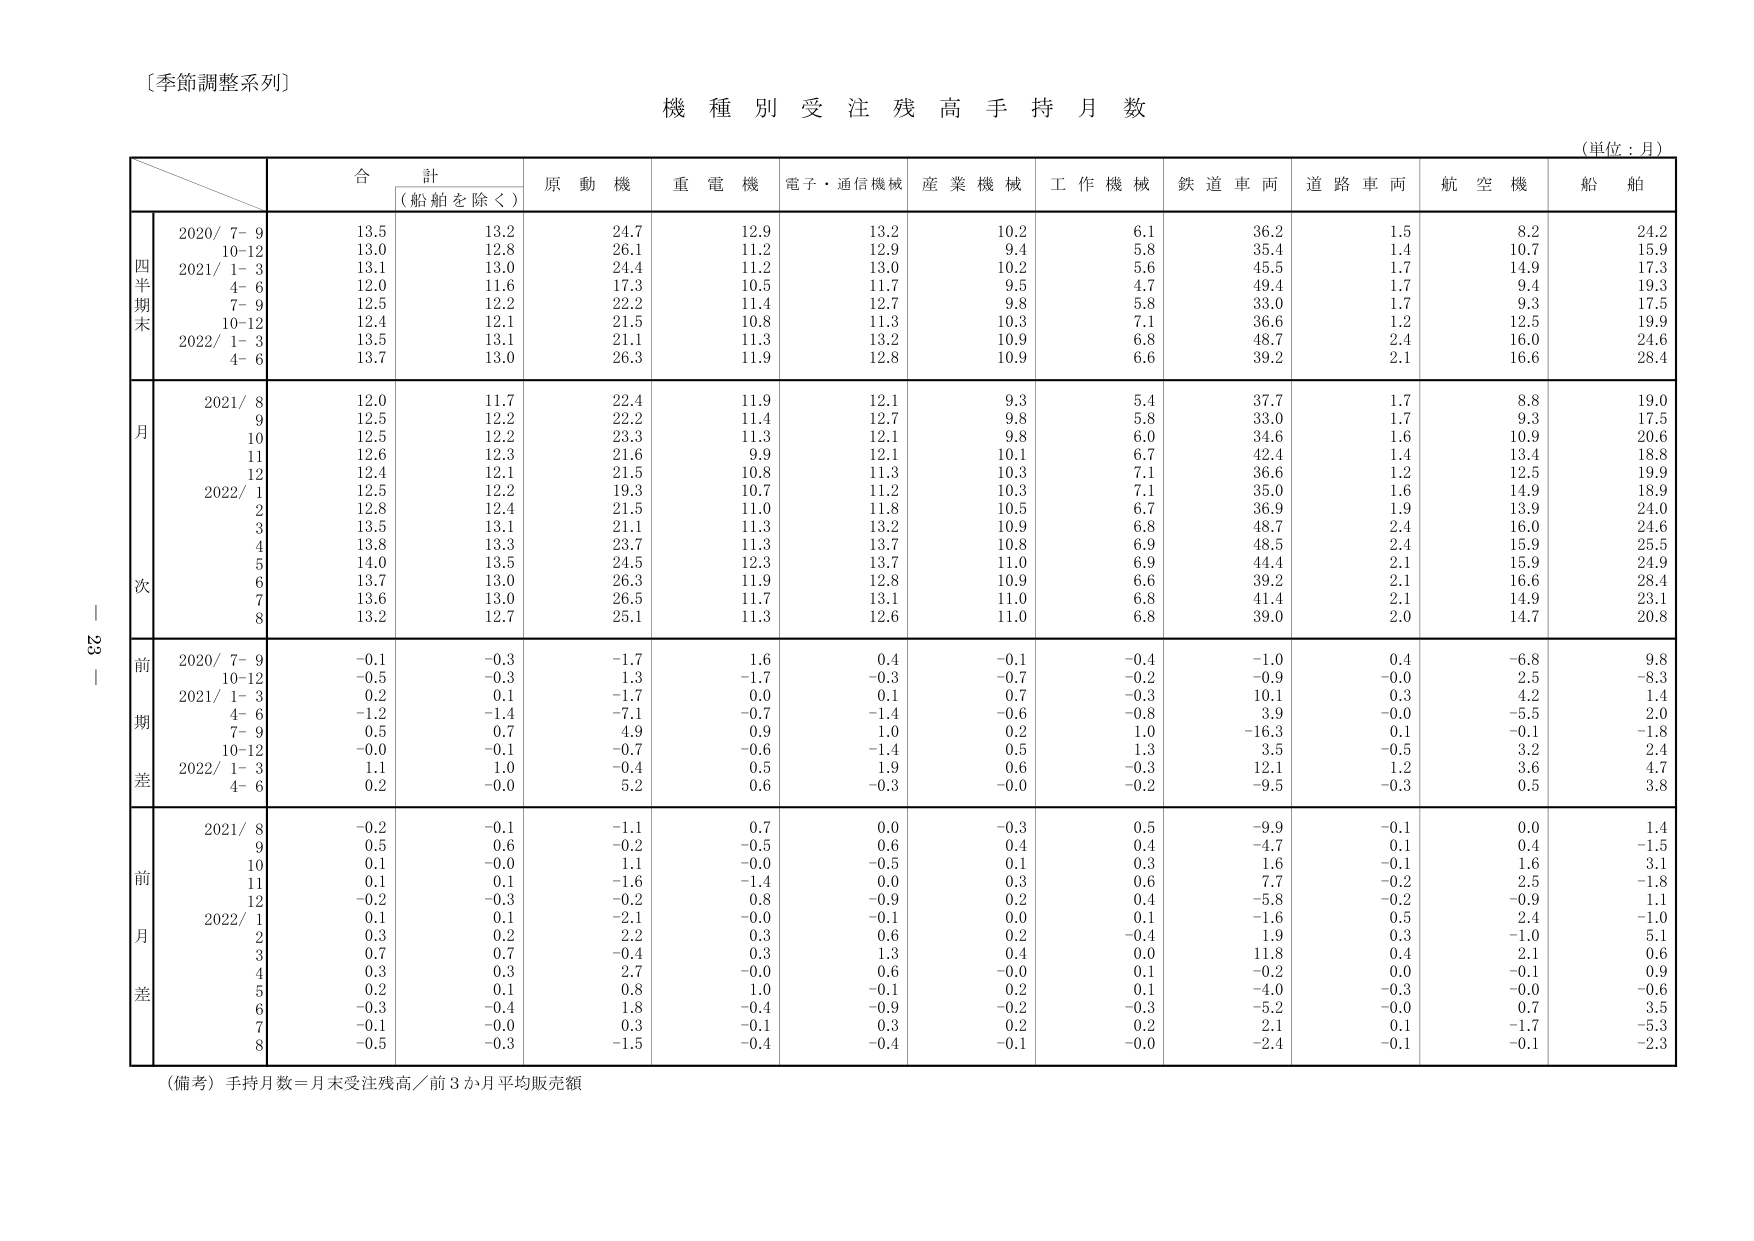
〔季節調整系列〕
機 種 別 受 注 残 高 手 持 月 数
（単位：月）
合 計
（船舶を除く）
原 動 機
重 電 機
電子・通信機械
産 業 機 械
工 作 機 械
鉄 道 車 両
道 路 車 両
航 空 機
船 舶
四半期末
2020/ 7- 9
13.5
13.2
24.7
12.9
13.2
10.2
6.1
36.2
1.5
8.2
24.2
10-12
13.0
12.8
26.1
11.2
12.9
9.4
5.8
35.4
1.4
10.7
15.9
2021/ 1- 3
13.1
13.0
24.4
11.2
13.0
10.2
5.6
45.5
1.7
14.9
17.3
4- 6
12.0
11.6
17.3
10.5
11.7
9.5
4.7
49.4
1.7
9.4
19.3
7- 9
12.5
12.2
22.2
11.4
12.7
9.8
5.8
33.0
1.7
9.3
17.5
10-12
12.4
12.1
21.5
10.8
11.3
10.3
7.1
36.6
1.2
12.5
19.9
2022/ 1- 3
13.5
13.1
21.1
11.3
13.2
10.9
6.8
48.7
2.4
16.0
24.6
4- 6
13.7
13.0
26.3
11.9
12.8
10.9
6.6
39.2
2.1
16.6
28.4
月次
2021/ 8
12.0
11.7
22.4
11.9
12.1
9.3
5.4
37.7
1.7
8.8
19.0
9
12.5
12.2
22.2
11.4
12.7
9.8
5.8
33.0
1.7
9.3
17.5
10
12.5
12.2
23.3
11.3
12.1
9.8
6.0
34.6
1.6
10.9
20.6
11
12.6
12.3
21.6
9.9
12.1
10.1
6.7
42.4
1.4
13.4
18.8
12
12.4
12.1
21.5
10.8
11.3
10.3
7.1
36.6
1.2
12.5
19.9
2022/ 1
12.5
12.2
19.3
10.7
11.2
10.3
7.1
35.0
1.6
14.9
18.9
2
12.8
12.4
21.5
11.0
11.8
10.5
6.7
36.9
1.9
13.9
24.0
3
13.5
13.1
21.1
11.3
13.2
10.9
6.8
48.7
2.4
16.0
24.6
4
13.8
13.3
23.7
11.3
13.7
10.8
6.9
48.5
2.4
15.9
25.5
5
14.0
13.5
24.5
12.3
13.7
11.0
6.9
44.4
2.1
15.9
24.9
6
13.7
13.0
26.3
11.9
12.8
10.9
6.6
39.2
2.1
16.6
28.4
7
13.6
13.0
26.5
11.7
13.1
11.0
6.8
41.4
2.1
14.9
23.1
8
13.2
12.7
25.1
11.3
12.6
11.0
6.8
39.0
2.0
14.7
20.8
前期差
2020/ 7- 9
-0.1
-0.3
-1.7
1.6
0.4
-0.1
-0.4
-1.0
0.4
-6.8
9.8
10-12
-0.5
-0.3
1.3
-1.7
-0.3
-0.7
-0.2
-0.9
-0.0
2.5
-8.3
2021/ 1- 3
0.2
0.1
-1.7
0.0
0.1
0.7
-0.3
10.1
0.3
4.2
1.4
4- 6
-1.2
-1.4
-7.1
-0.7
-1.4
-0.6
-0.8
3.9
-0.0
-5.5
2.0
7- 9
0.5
0.7
4.9
0.9
1.0
0.2
1.0
-16.3
0.1
-0.1
-1.8
10-12
-0.0
-0.1
-0.7
-0.6
-1.4
0.5
1.3
3.5
-0.5
3.2
2.4
2022/ 1- 3
1.1
1.0
-0.4
0.5
1.9
0.6
-0.3
12.1
1.2
3.6
4.7
4- 6
0.2
-0.0
5.2
0.6
-0.3
-0.0
-0.2
-9.5
-0.3
0.5
3.8
前月差
2021/ 8
-0.2
-0.1
-1.1
0.7
0.0
-0.3
0.5
-9.9
-0.1
0.0
1.4
9
0.5
0.6
-0.2
-0.5
0.6
0.4
0.4
-4.7
0.1
0.4
-1.5
10
0.1
-0.0
1.1
-0.0
-0.5
0.1
0.3
1.6
-0.1
1.6
3.1
11
0.1
0.1
-1.6
-1.4
0.0
0.3
0.6
7.7
-0.2
2.5
-1.8
12
-0.2
-0.3
-0.2
0.8
-0.9
0.2
0.4
-5.8
-0.2
-0.9
1.1
2022/ 1
0.1
0.1
-2.1
-0.0
-0.1
0.0
0.1
-1.6
0.5
2.4
-1.0
2
0.3
0.2
2.2
0.3
0.6
0.2
-0.4
1.9
0.3
-1.0
5.1
3
0.7
0.7
-0.4
0.3
1.3
0.4
0.0
11.8
0.4
2.1
0.6
4
0.3
0.3
2.7
-0.0
0.6
-0.0
0.1
-0.2
0.0
-0.1
0.9
5
0.2
0.1
0.8
1.0
-0.1
0.2
0.1
-4.0
-0.3
-0.0
-0.6
6
-0.3
-0.4
1.8
-0.4
-0.9
-0.2
-0.3
-5.2
-0.0
0.7
3.5
7
-0.1
-0.0
0.3
-0.1
0.3
0.2
0.2
2.1
0.1
-1.7
-5.3
8
-0.5
-0.3
-1.5
-0.4
-0.4
-0.1
-0.0
-2.4
-0.1
-0.1
-2.3
（備考）手持月数＝月末受注残高／前3か月平均販売額
23